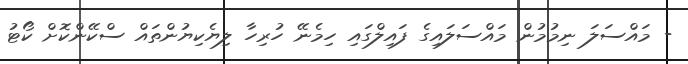
- މައްސަލަ ނިމުމުން މައްސަލައިގެ ފައިލްގައި ހިމެނޭ ހުރިހާ ލިޔެކިޔުންތައް ސްކޭންކޮށް ކޯޓު